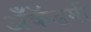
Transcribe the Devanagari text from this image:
अँकॅडमी